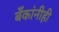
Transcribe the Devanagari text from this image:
बँकांनीही